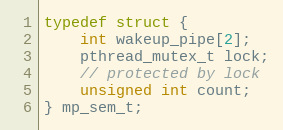
Language: C
typedef struct {
    int wakeup_pipe[2];
    pthread_mutex_t lock;
    // protected by lock
    unsigned int count;
} mp_sem_t;